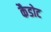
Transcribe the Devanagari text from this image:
कैडोट